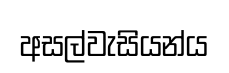
අසල්වැසියන්ය